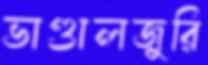
ভাণ্ডালজুরি